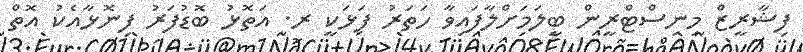
ފިޝާރީޒް މިނިސްޓްރީން ބީލަމަށްލާފައިވާ ހަތަރު ފަޅަކީ ރ. އަތޮޅު ބޮޑުފަރު ފިނޮޅާއެކު އޮތް